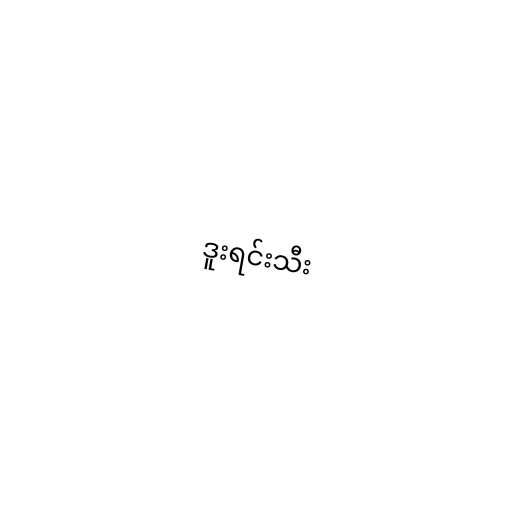
ဒူးရင်းသီး